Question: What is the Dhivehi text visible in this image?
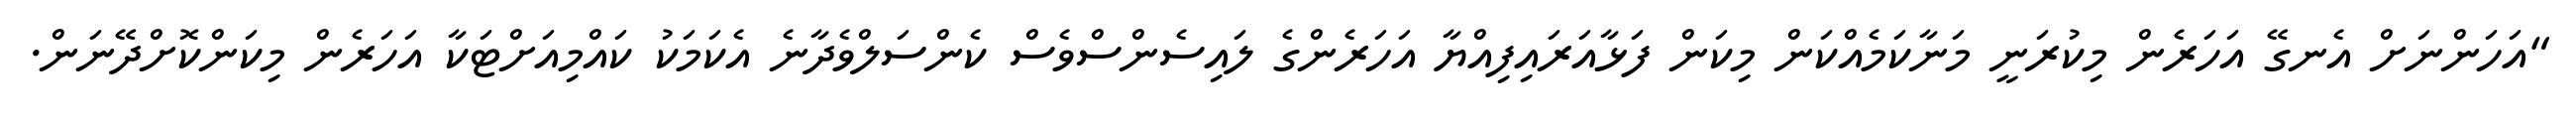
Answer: "އަހަންނަށް އެނގޭ އަހަރެން މިކުރަނީ މަނާކަމެއްކަން މިކަން ފަޅާއަރައިފިއްޔާ އަހަރެންގެ ލައިސެންސްވެސް ކެންސަލްވެދާނެ އެކަމަކު ކައްމިއަށްޓަކާ އަހަރެން މިކަންކޮށްދޭނަން.